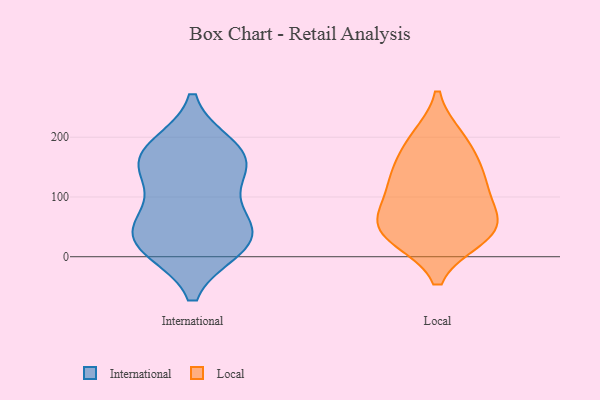
{"axis": {"x": "Page Views", "y": "Value"}, "legend": ["International", "Local"], "data": [{"x": "", "y": 16, "type": "International"}, {"x": "", "y": 40, "type": "International"}, {"x": "", "y": 61, "type": "International"}, {"x": "", "y": 141, "type": "International"}, {"x": "", "y": 149, "type": "International"}, {"x": "", "y": 21, "type": "International"}, {"x": "", "y": 69, "type": "International"}, {"x": "", "y": 183, "type": "International"}, {"x": "", "y": 18, "type": "International"}, {"x": "", "y": 175, "type": "International"}, {"x": "", "y": 162, "type": "International"}, {"x": "", "y": 132, "type": "Local"}, {"x": "", "y": 151, "type": "Local"}, {"x": "", "y": 34, "type": "Local"}, {"x": "", "y": 68, "type": "Local"}, {"x": "", "y": 32, "type": "Local"}, {"x": "", "y": 107, "type": "Local"}, {"x": "", "y": 130, "type": "Local"}, {"x": "", "y": 195, "type": "Local"}, {"x": "", "y": 33, "type": "Local"}, {"x": "", "y": 63, "type": "Local"}, {"x": "", "y": 198, "type": "Local"}, {"x": "", "y": 60, "type": "Local"}]}